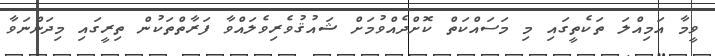
ވީމާ އަމިއްލަ ތަކެތީގައި މި މަސައްކަތް ކޮށްދެއްވުމަށް ޝައުޤުވެރިވެލައްވާ ފަރާތްތަކުން ތިރީގައި މިދަންނަވާ